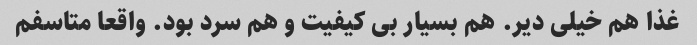
غذا هم خیلی دیر. هم بسیار بی کیفیت و هم سرد بود. واقعا متاسفم